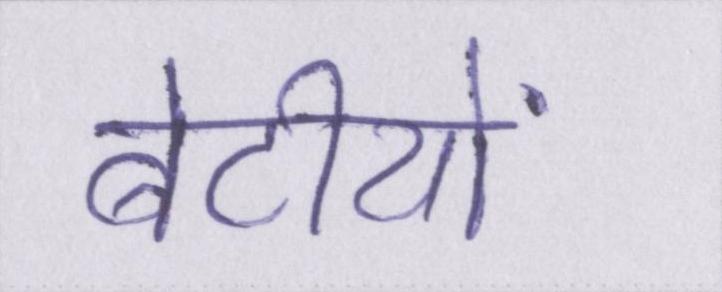
बेटीयों